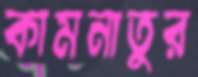
কামনাতুর